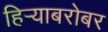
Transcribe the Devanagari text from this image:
हिर्‍याबरोबर